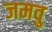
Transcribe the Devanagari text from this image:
जमवु